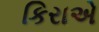
કિરાએ